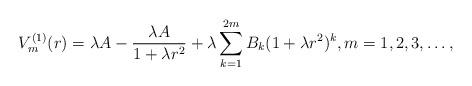
LaTeX: \begin{align*} V^{(1)}_m(r) = \lambda A - \frac{\lambda A}{1+\lambda r^2} + \lambda \sum_{k=1}^{2m} B_k (1+\lambda r^2)^k, m=1, 2, 3, \ldots,\end{align*}